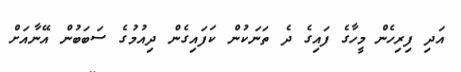
އަދި ފިރިހެން މީހާގެ ފައިގެ ދެ ތަނަކުން ކަފައިގެން ދިއުމުގެ ސަބަބުން އޭނާއަށް